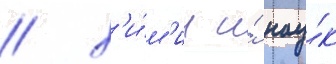
/ х'и́м'ии и́ нау́к